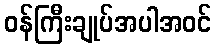
ဝန်ကြီးချုပ်အပါအဝင်